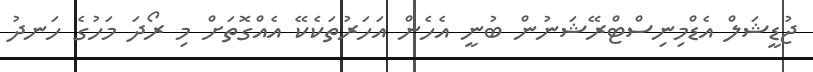
ޖުޑީޝަލް އެޑްމިނިސްޓްރޭޝަނުން ބުނީ އެހެން އަހަރުތަކެކޭ އެއްގޮތަށް މި ރޯދަ މަހުގެ ހަނދު